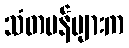
သံတမန်များက